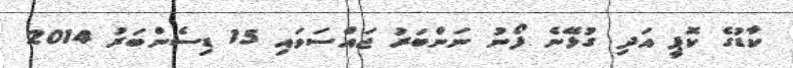
ކާޑުގެ ކޮޕީ އަދި ގުޅޭނެ ފޯނު ނަންބަރު ޖައްސަވައި 15 ޑިސެންބަރު 2014